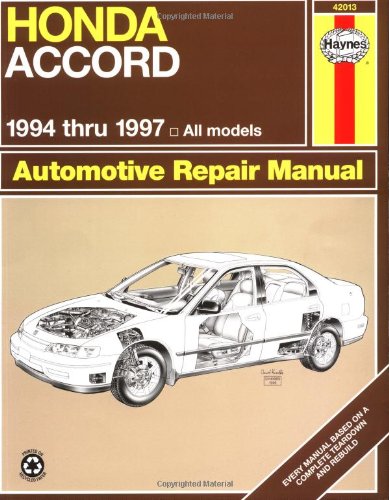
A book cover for Honda Accord '94'97 (Haynes Repair Manuals); John Haynes; Engineering & Transportation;